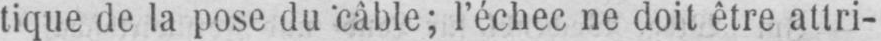
tique de la pose du câble; l’échec ne doit être attri-